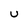
Character: U